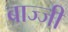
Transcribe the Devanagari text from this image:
बाज्जी